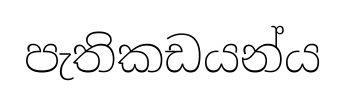
පැතිකඩයන්ය